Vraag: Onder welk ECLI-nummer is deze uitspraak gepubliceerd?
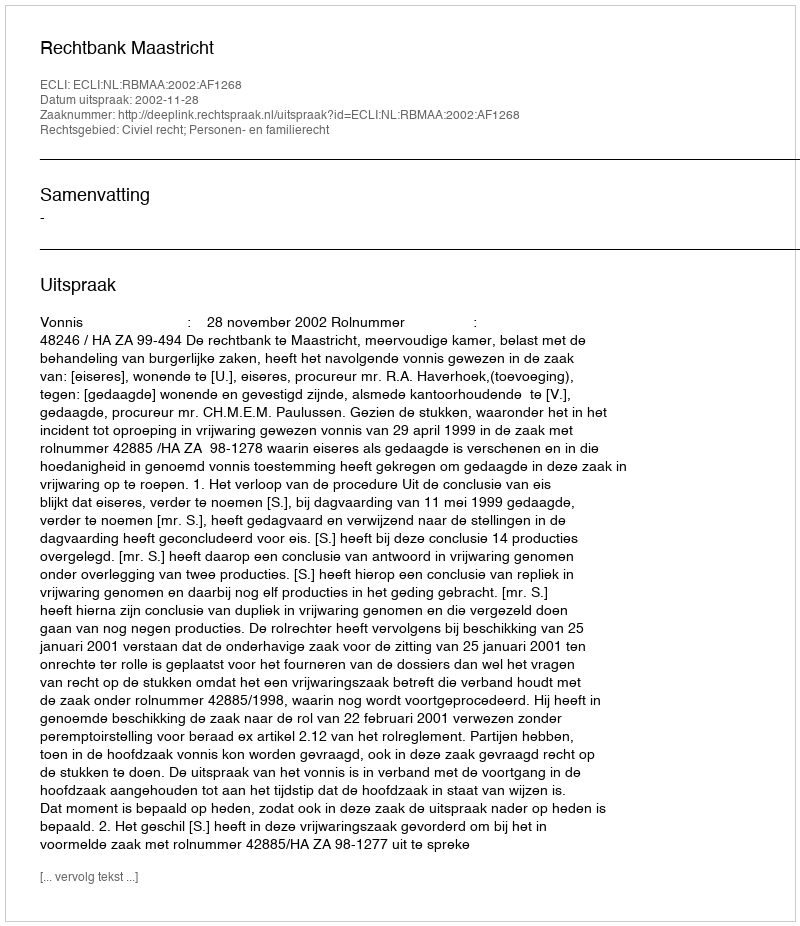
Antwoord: ECLI:NL:RBMAA:2002:AF1268